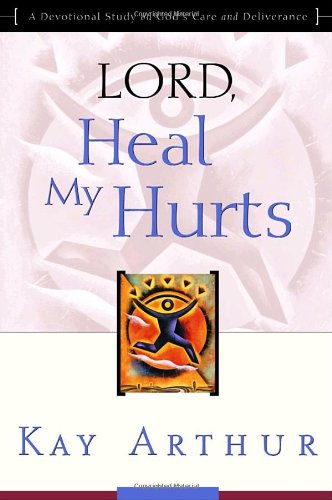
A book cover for Lord, Heal My Hurts: A Devotional Study on God's Care and Deliverance; Kay Arthur; Christian Books & Bibles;